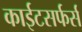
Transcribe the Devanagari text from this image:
काईटसर्फर्स